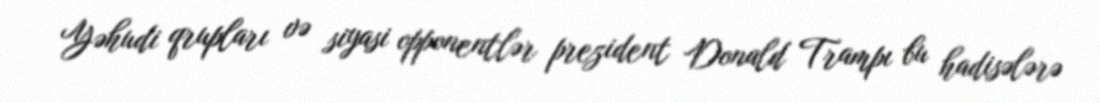
Yəhudi qrupları və siyasi opponentlər prezident Donald Trampı bu hadisələrə